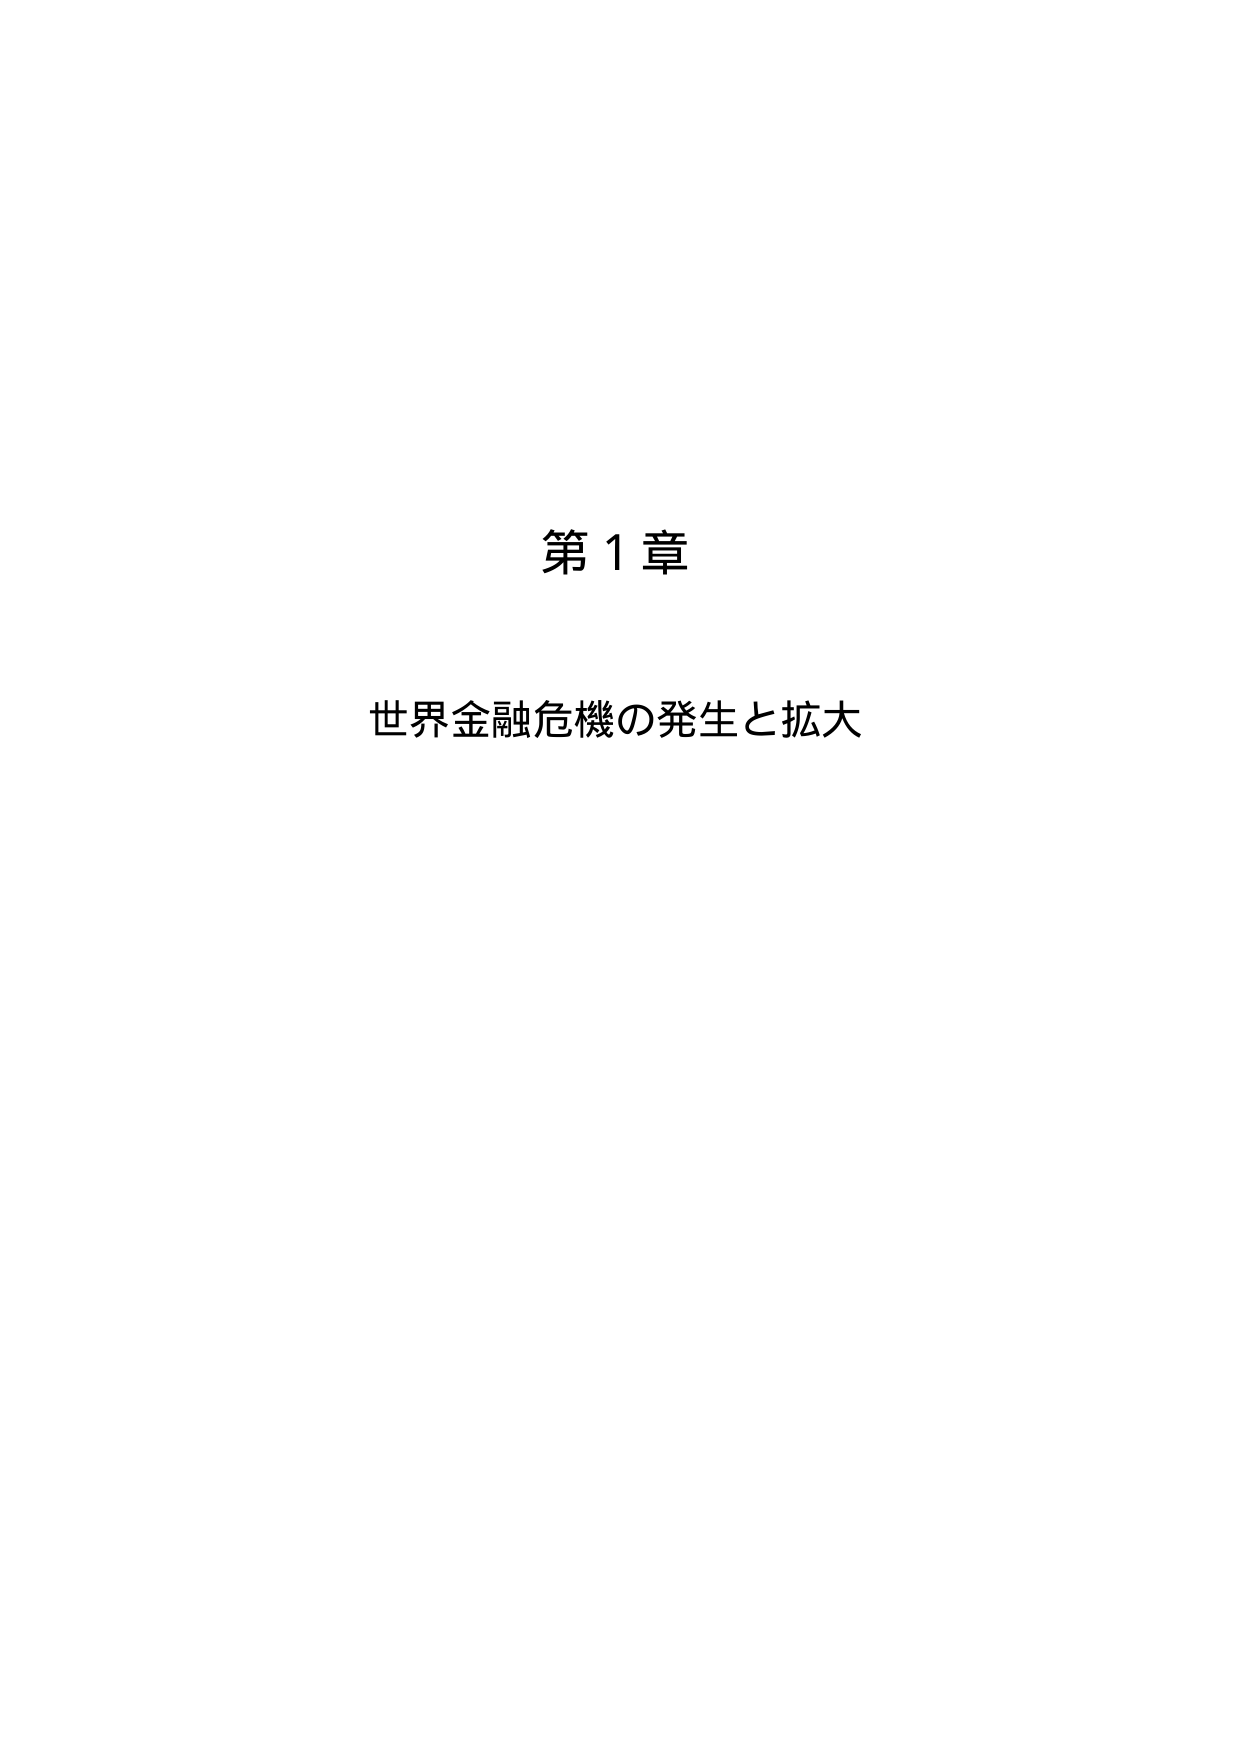
第1章
世界金融危機の発生と拡大